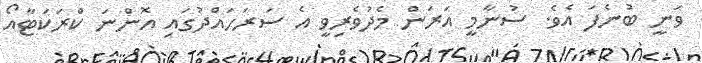
ވަނީ ބުނެފަ އެވެ. ސުނާމީ އަރަން މެދުވެރިވީ އެ ސަރަހައްދުގައި އޮންނަ ކްރަކަޓާއޯ